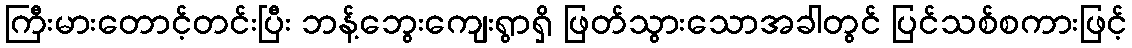
ကြီးမားတောင့်တင်းပြီး ဘန့်ဘွေးကျေးရွာရှိ ဖြတ်သွားသောအခါတွင် ပြင်သစ်စကားဖြင့်